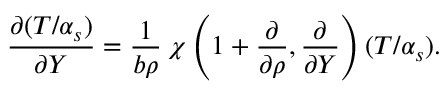
\frac { \partial ( T / \alpha _ { s } ) } { \partial Y } = \frac { 1 } { b \rho } \: \chi \left( 1 + \frac { \partial } { \partial \rho } , \frac { \partial } { \partial Y } \right) ( T / \alpha _ { s } ) .